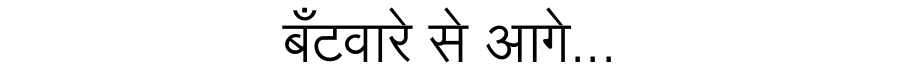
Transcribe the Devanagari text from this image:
बँटवारे से आगे...